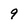
Character: 9